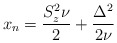
\begin{align*}x_n = \frac{S_z^2 \nu}{2} + \frac{\Delta^2}{2\nu}\end{align*}